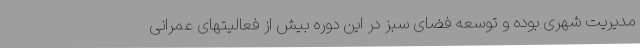
مدیریت شهری بوده و توسعه فضای سبز در این دوره بیش از فعالیتهای عمرانی